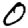
Digit: 0